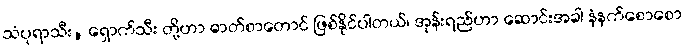
သံပုရာသီး, ရှောက်သီး တို့ဟာ ဓာတ်စာတောင် ဖြစ်နိုင်ပါတယ်၊ အုန်းရည်ဟာ ဆောင်းအခါ နံနက်စောစော